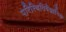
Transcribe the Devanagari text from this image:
परिस्थितिवैज्ञानिक